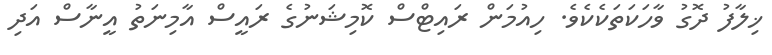
ޚިލާފު ދޮގު ވާހަކަތަކެކެވެ. ހިއުމަން ރައިޓްސް ކޮމިޝަނުގެ ރައީސް އާމިނަތު އީނާސް އަދި